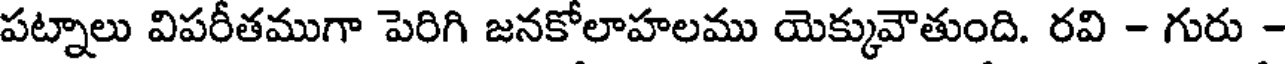
పట్నాలు విపరీతముగా పెరిగి జనకోలాహలము యెక్కువౌతుంది. రవి - గురు -